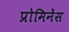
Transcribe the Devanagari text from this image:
प्रोमिनेंस